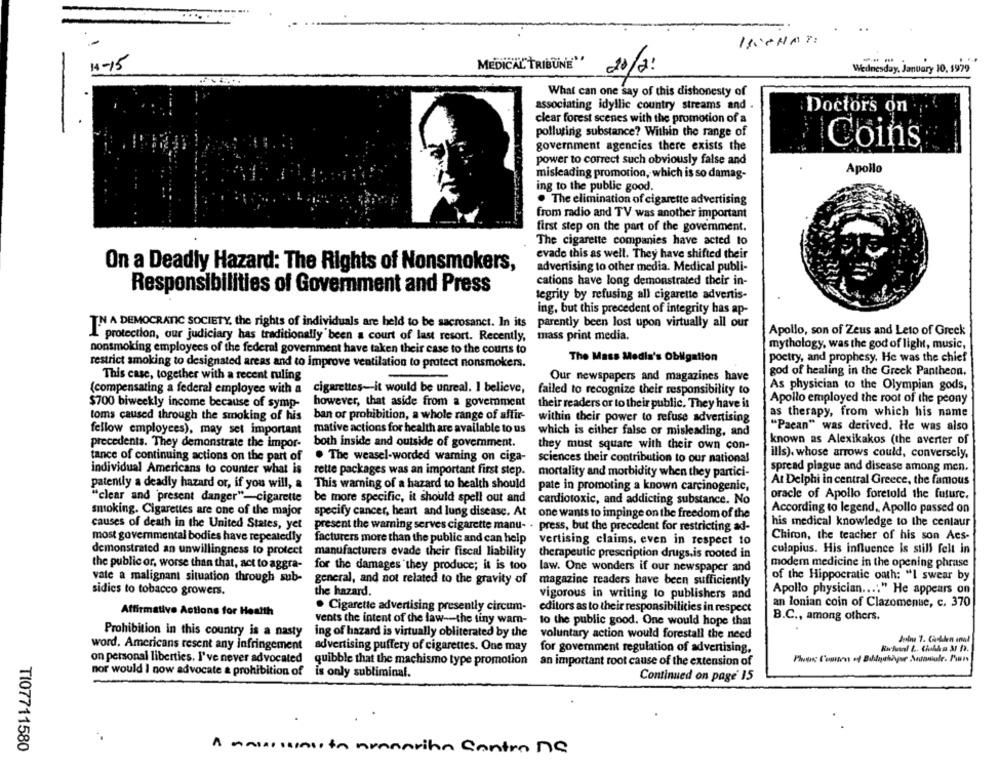
MUCHAT:
14-15
MEDICAL TRIBUNE"
20/2!
Wednesday, January 10, 1979
What can one say of this dishonesty of
associating idyllic country streams and .
Doctors on
clear forest scenes with the promotion of a
polluting substance? Within the range of
government agencies there exists the
Coins
power to correct such obviously false and
Apollo
misleading promotion, which is so damag-
ing to the public good.
. The elimination of cigarette advertising
from radio and TV was another important
first step on the part of the government.
The cigarette companies have acted to
evade this as well. They have shifted their
On a Deadly Hazard: The Rights of Nonsmokers,
advertising to other media. Medical publi-
cations have long demonstrated their in-
Responsibilities of Government and Press
tegrity by refusing all cigarette advertis-
ing, but this precedent of integrity has ap-
IN A DEMOCRATIC SOCIETY, the rights of individuals are held to be sacrosanct. In its
parently been lost upon virtually all our
Apollo, son of Zeus and Leto of Greek
I' protection, our judiciary has traditionally been a court of last resort. Recently,
mass print media.
mythology, was the god of light, music,
nonsmoking employees of the federal government have taken their case to the counts to
restrict smoking to designated areas and to improve ventilation to protect nonsmokers.
The Mass Media's Obligation
poetry, and prophesy. He was the chief
This case, together with a recent ruling
Our newspapers and magazines have
god of healing in the Greek Pantheon.
(compensating a federal employee with a cigarettes-it would be unreal. I believe,
As physician to the Olympian gods,
failed to recognize their responsibility to
however, that aside from a government
Apollo employed the root of the peony
$700 biweekly income because of symp-
their readers or to their public. They have is
toms caused through the smoking of his
ban or prohibition, a whole range of affir-
within their power to refuse advertising
as therapy, from which his name
"Paean" was derived. He was also
fellow employees), may set important
mative actions for health are available to us
which is either false or misleading, and
known as Alexikakos (the averter of
precedents. They demonstrate the impor-
both inside and outside of govemment.
they must square with their own con-
tance of continuing actions on the part of
. The weasel-worded waming on ciga-
ills), whose arrows could, conversely,
sciences their contribution to our national
individual Americans to counter what is rette packages was an important first step.
mortality and morbidity when they partici-
spread plague and disease among men.
At Delphi in central Greece, the famous
patently a deadly hazard or, if you will, a This warning of a hazard to health should
pate in promoting a known carcinogenic,
oracle of Apollo foretold the future.
"clear and present danger"-cigarette
be more specific, it should spell out and
cardiotoxic, and addicting substance. No
According to legend. Apollo passed on
smoking. Cigarettes are one of the major specify cancer, heart and lung disease. At
one wants to impinge on the freedom of the
causes of death in the United States, yet
his medical knowledge to the centaur
present the warning serves cigarette manu- . press, but the precedent for restricting ad-
most govemmental bodies have repeatedly
facturers more than the public and can help
vertising claims, even in respect to
Chiron, the teacher of his son Acs-
culapius. His influence is still felt in
demonstrated an unwillingness to protect manufacturers evade their fiscal liability
therapeutic prescription drugs.is rooted in
the public or, worse than that, act to aggra-
modern medicine in the opening phrase
for the damages they produce; it is too
law. One wonders if our newspaper and
vale a malignant situation through sub-
general, and not related to the gravity of
magazine readers have been sufficiently
of the Hippocratic oath: "I swear by
sidies to tobacco growers.
the hazard.
vigorous in writing to publishers and
Apollo physician .... " He appears on
an lonian coin of Clazomenuse, c. 370
· Cigarette advertising presently circum-
editors as to their responsibilities in respect
Affirmative Actions for Health
vents the intent of the law -- the tiny wam-
B.C ., among others.
to the public good. One would hope that
Prohibition in this country is a nasty
ing of hazard is virtually obliterated by the
voluntary action would forestall the need
word. Americans resent any infringement advertising puffery of cigarettes. One may
for government regulation of advertising,
on personal liberties. I've never advocated quibble that the machismo type promotion
an important root cause of the extension of
nor would I now advocate & prohibition of
is only subliminal.
Continued on page' 15
TI07711580
A maisissista nunnarihin Contro De